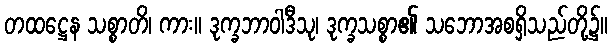
တထဋ္ဌေန သစ္စာတိ၊ ကား။ ဒုက္ခဘာဝါဒီသု၊ ဒုက္ခသစ္စာ၏ သဘောအစရှိသည်တို့၌။